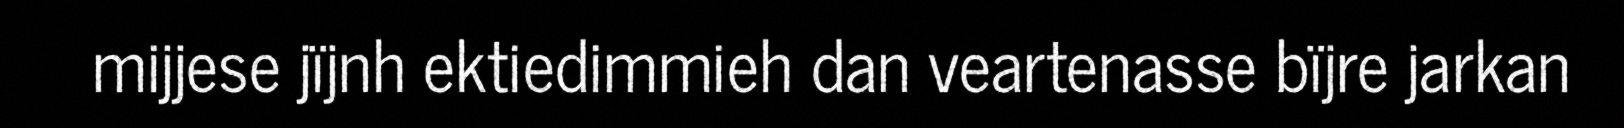
mijjese jïjnh ektiedimmieh dan veartenasse bïjre jarkan